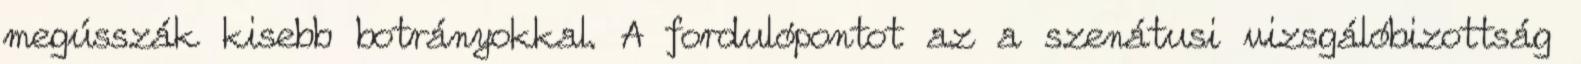
megússzák kisebb botrányokkal. A fordulópontot az a szenátusi vizsgálóbizottság